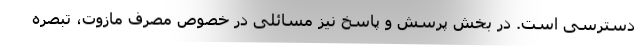
دسترسی است. در بخش پرسش و پاسخ نیز مسائلی در خصوص مصرف مازوت، تبصره